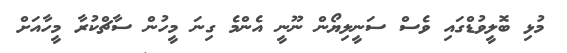
މުޅި ބޮލީވުޑްގައި ވެސް ސަނީލިޔޯން ނޫނީ އެންމެ ގިނަ މީހުން ސާޗްކުރާ މީހާއަށް